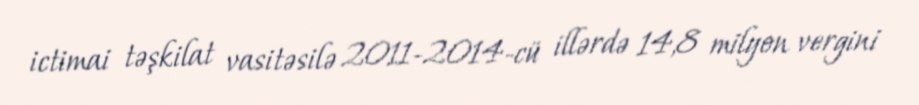
ictimai təşkilat vasitəsilə 2011-2014-cü illərdə 14,8 milyon vergini